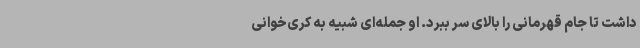
داشت تا جام قهرمانی را بالای سر ببرد. او جمله‌ای شبیه به کری‌خوانی